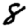
Digit: 8